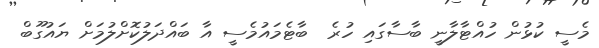
މެސީ ކުޅުން ހުއްޓާލާނީ ބާސާގައި ހުރެ  ބާޓެމައުމެސީ އާ ބައްދަލުކޮށްލުމަށް ޔައުގޫބް